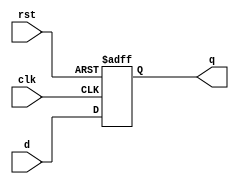
module d_flip_flop (
    input wire d,    // Data input
    input wire clk,  // Clock input
    input wire rst,  // Reset input
    output wire q    // Output
);

  // Implementing D flip-flop behavior
  always @(posedge clk or posedge rst) begin
    if (rst)         // Reset takes precedence
      q <= 1'b0;
    else
      q <= d;        // Store the input on the rising clock edge
  end

endmodule